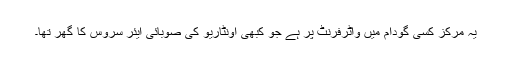
یہ مرکز کسی گودام میں واٹرفرنٹ پر ہے جو کبھی اونٹاریو کی صوبائی ایئر سروس کا گھر تھا۔